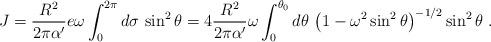
LaTeX: \begin{align*}J = {R^2\over 2 \pi\alpha'} e\omega\int_0^{2\pi} d\sigma \, \sin^2 \theta =4 {R^2\over 2 \pi \alpha'} \omega \int_0^{\theta_0} d\theta \, \left(1 - \omega^2 \sin^2\theta \right )^{-1/2} \sin^2\theta\ .\end{align*}